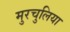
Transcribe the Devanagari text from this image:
मुरचुलिया